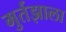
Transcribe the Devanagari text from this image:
मुर्तझाला